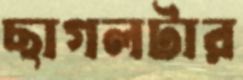
ছাগলটার